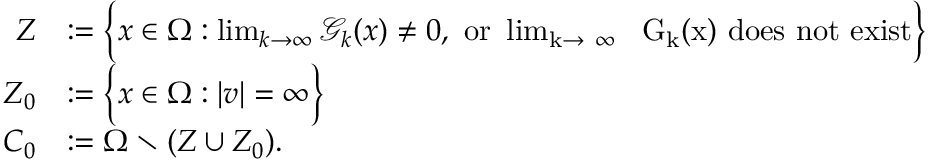
\begin{array} { r l } { Z } & { : = \Big \{ x \in \Omega : \operatorname* { l i m } _ { k \to \infty } \mathcal G _ { k } ( x ) \neq 0 , \mathrm { ~ o r ~ \operatorname* { l i m } _ { k \to ~ \infty } ~ \mathcal ~ G _ k ( x ) ~ d o e s ~ n o t ~ e x i s t } \Big \} } \\ { Z _ { 0 } } & { : = \Big \{ x \in \Omega : | v | = \infty \Big \} } \\ { C _ { 0 } } & { : = \Omega \setminus ( Z \cup Z _ { 0 } ) . } \end{array}